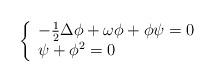
LaTeX: \begin{align*}\left\{\begin{array}{llll}-\frac 12\Delta \phi+\omega \phi+\phi\psi=0\\\psi+\phi^2=0\end{array}\right.\end{align*}